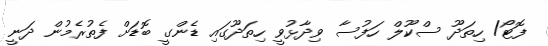
ފޮޓޯ/ ހިތަދޫ ސްކޫލް ހަފުސާ ވިދާޅުވީ ހިތަދޫގައި ޑެންގީ ބޮޑަށް ފެތުރެމުން ދަނީ